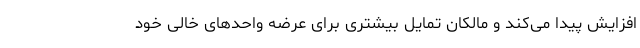
افزایش پیدا می‌کند و مالکان تمایل بیشتری برای عرضه واحد‌های خالی خود